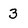
Character: 3